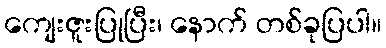
ကျေးဇူးပြုပြီး၊ နောက် တစ်ခုပြပါ။